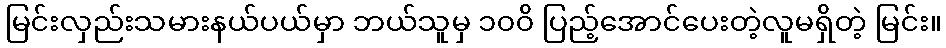
မြင်းလှည်းသမားနယ်ပယ်မှာ ဘယ်သူမှ ၁၀၀ိ ပြည့်အောင်ပေးတဲ့လူမရှိတဲ့ မြင်း။